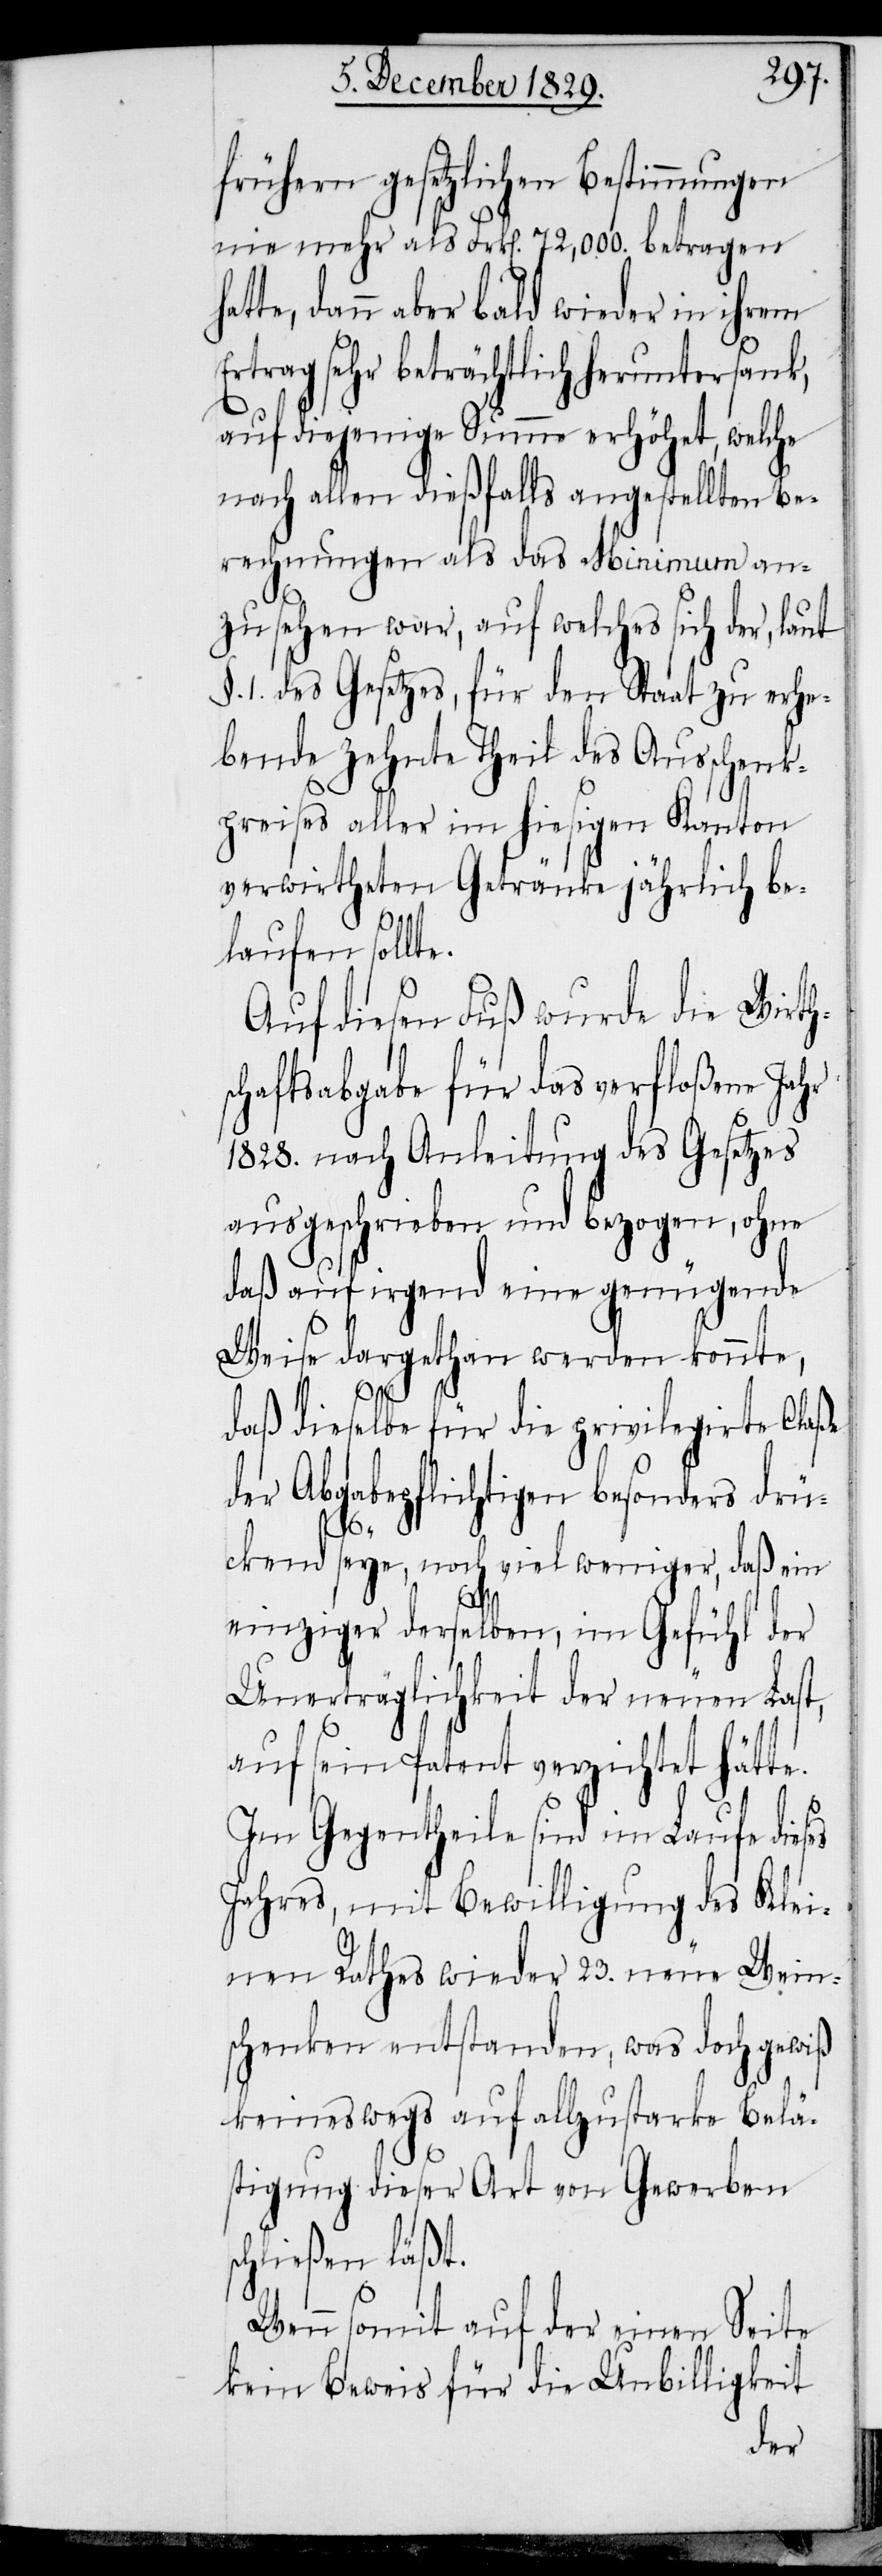
frühern gesetzlichen Bestimmungen
nie mehr als Frk[en]. 72,000. betragen
te, dann aber bald wieder in ihrem
Ertrag sehr beträchtlich heruntersank,
auf diejenige Summe erhöhet, welche
nach allen dießfalls angestellten Be¬
rechnungen als das Minimum an¬
zusehen war, auf welches sich der laut
§. 1. des Gesetzes, für den Staat zu erhe¬
bende zehnte Theil des Ausschenk¬
preises aller im hiesigen Kanton
verwirtheten Getränke jährlich be¬
laufen sollte.
Auf diesen Fuß wurde die Wirth¬
chaftsabgabe für das verfloßene Jahr
1828. nach Anleitung des Gesetzes
ausgeschrieben und bezogen, ohne
daß auf irgend eine genügende
Weise dargethan werden konnte,
daß dieselbe für die privilegirte Claße
der Abgabepflichtigen besonders drü¬
es
ckend seye, noch viel weniger, daß ein
einziger derselben, im Gefühl der
Unerträglichkeit der neuen Last,
auf sein Patent verzichtet hätte.
Im Gegentheile sind im Laufe dies¬
Jahres, mit Bewilligung des Klei¬
nen Rathes wieder 23. neue Wein¬
schenken entstanden, was doch gewiß
keineswegs auf allzustarke Belä¬
stigung dieser Art von Gewerben
schließen läßt.
Wenn somit auf der einen Seite
kein Beweis für die Unbilligkeit